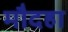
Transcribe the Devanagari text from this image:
मौदहा